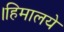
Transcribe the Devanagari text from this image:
।हिमालये